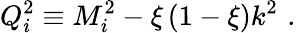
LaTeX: Q_{i}^{2}\equiv M_{i}^{2}-\xi\, (1-\xi)k^{2}\, \, .